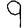
Digit: 9